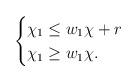
LaTeX: \begin{align*} \begin{cases} \chi_1 \leq w_1 \chi + r \\ \chi_1 \geq w_1 \chi. \end{cases} \end{align*}